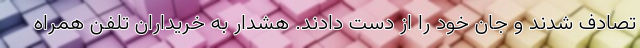
تصادف شدند و جان خود را از دست دادند. هشدار به خریداران تلفن همراه